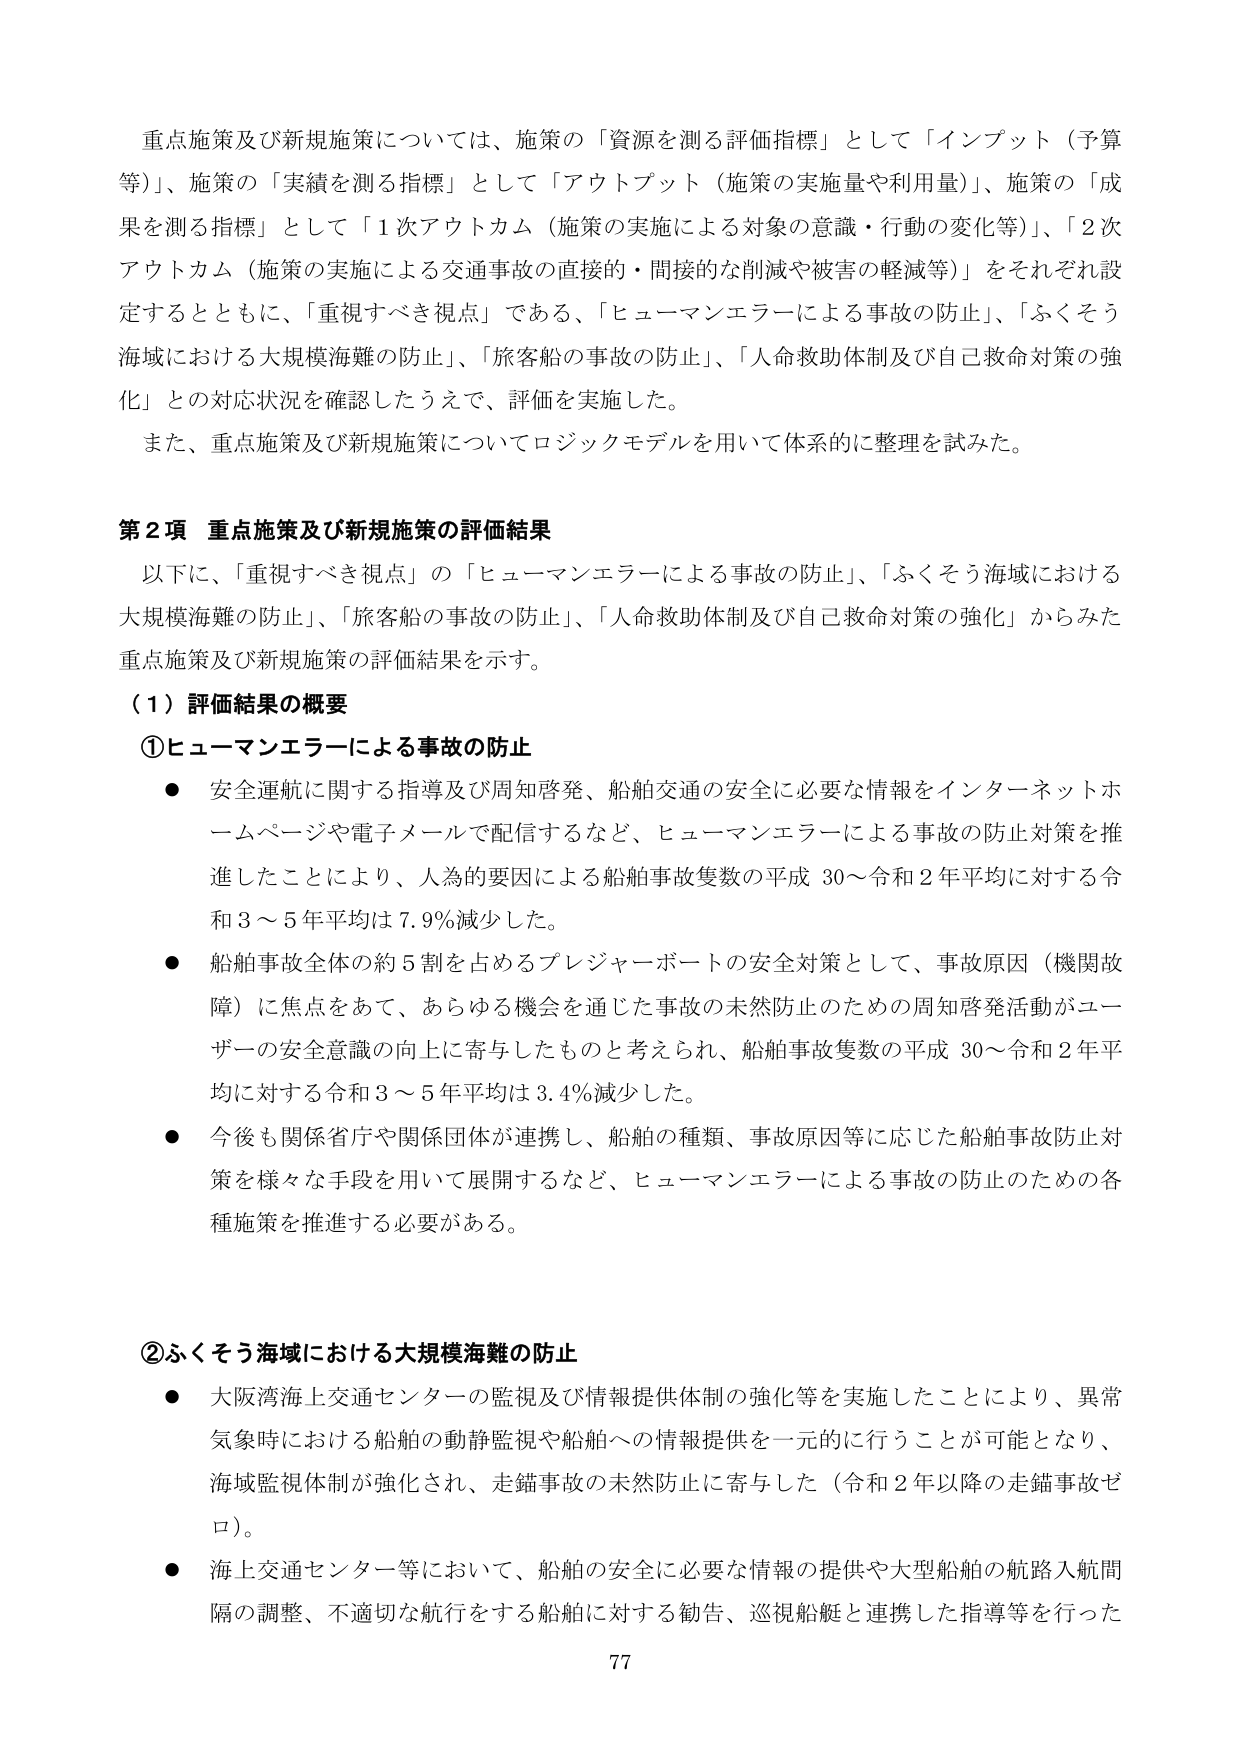
重点施策及び新規施策については、施策の「資源を測る評価指標」として「インプット（予算等）」、施策の「実績を測る指標」として「アウトプット（施策の実施量や利用量）」、施策の「成果を測る指標」として「1次アウトカム（施策の実施による対象の意識・行動の変化等）」、「2次アウトカム（施策の実施による交通事故の直接的・間接的な削減や被害の軽減等）」をそれぞれ設定するとともに、「重視すべき視点」である、「ヒューマンエラーによる事故の防止」、「ふくそう海域における大規模海難の防止」、「旅客船の事故の防止」、「人命救助体制及び自己救命対策の強化」との対応状況を確認したうえで、評価を実施した。

また、重点施策及び新規施策についてロジックモデルを用いて体系的に整理を試みた。

第2項 重点施策及び新規施策の評価結果

以下に、「重視すべき視点」の「ヒューマンエラーによる事故の防止」、「ふくそう海域における大規模海難の防止」、「旅客船の事故の防止」、「人命救助体制及び自己救命対策の強化」からみた重点施策及び新規施策の評価結果を示す。

（1）評価結果の概要

①ヒューマンエラーによる事故の防止

● 安全運航に関する指導及び周知啓発、船舶交通の安全に必要な情報をインターネットホームページや電子メールで配信するなど、ヒューマンエラーによる事故の防止対策を推進したことにより、人為的要因による船舶事故隻数の平成30～令和2年平均に対する令和3～5年平均は7.9％減少した。

● 船舶事故全体の約5割を占めるプレジャーボートの安全対策として、事故原因（機関故障）に焦点をあて、あらゆる機会を通じた事故の未然防止のための周知啓発活動がユーザーの安全意識の向上に寄与したものと考えられ、船舶事故隻数の平成30～令和2年平均に対する令和3～5年平均は3.4％減少した。

● 今後も関係省庁や関係団体が連携し、船舶の種類、事故原因等に応じた船舶事故防止対策を様々な手段を用いて展開するなど、ヒューマンエラーによる事故の防止のための各種施策を推進する必要がある。

②ふくそう海域における大規模海難の防止

● 大阪湾海上交通センターの監視及び情報提供体制の強化等を実施したことにより、異常気象時における船舶の動静監視や船舶への情報提供を一元的に行うことが可能となり、海域監視体制が強化され、走錨事故の未然防止に寄与した（令和2年以降の走錨事故ゼロ）。

● 海上交通センター等において、船舶の安全に必要な情報の提供や大型船舶の航路入航間隔の調整、不適切な航行をする船舶に対する勧告、巡視船艇と連携した指導等を行った

77